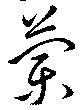
蘭